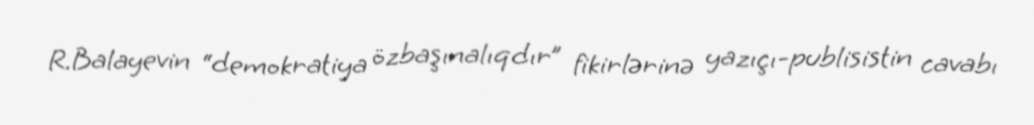
R.Balayevin “demokratiya özbaşınalıqdır” fikirlərinə yazıçı-publisistin cavabı